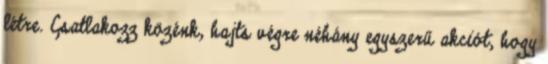
létre. Csatlakozz közénk, hajts végre néhány egyszerű akciót, hogy